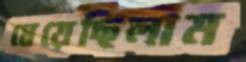
ধেয়েছিলাম